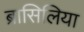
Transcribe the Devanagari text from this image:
ब्रासिलिया